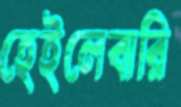
হেইলেবারি